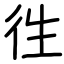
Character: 徃